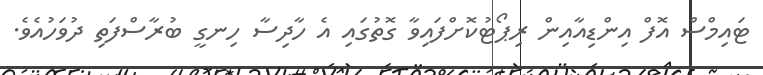
ޓައިމްސް އޮފް އިންޑިއާއިން ރިޕޯޓުކޮށްފައިވާ ގޮތުގައި އެ ހާދިސާ ހިނގީ ބުރާސްފަތި ދުވަހުއެވެ.